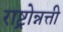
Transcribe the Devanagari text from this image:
राष्ट्रोन्नत्ती